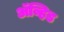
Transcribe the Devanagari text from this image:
अॅव्हिड